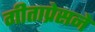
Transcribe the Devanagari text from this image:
गीताप्रेसने